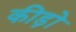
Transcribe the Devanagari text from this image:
कीड़ोे